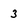
Character: 3